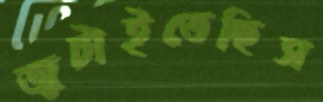
জুটাইতেছিস